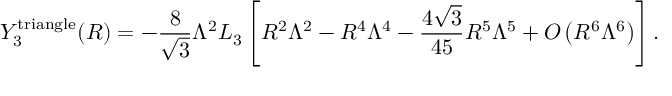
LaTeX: Y _ { 3 } ^ { \mathrm { t r i a n g l e } } ( R ) = - \frac { 8 } { \sqrt 3 } \Lambda ^ { 2 } L _ { 3 } \left[ R ^ { 2 } \Lambda ^ { 2 } - R ^ { 4 } \Lambda ^ { 4 } - \frac { 4 \sqrt 3 } { 4 5 } R ^ { 5 } \Lambda ^ { 5 } + { \cal O } \left( R ^ { 6 } \Lambda ^ { 6 } \right) \right] .